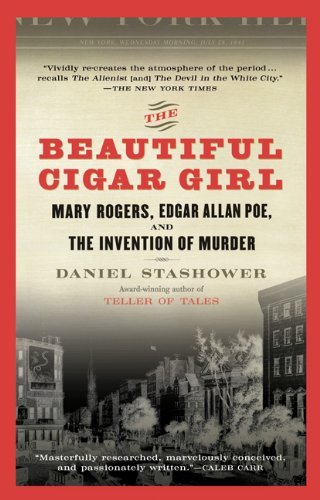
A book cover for The Beautiful Cigar Girl: Mary Rogers, Edgar Allan Poe, and the Invention of Murder; Daniel Stashower; Mystery, Thriller & Suspense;